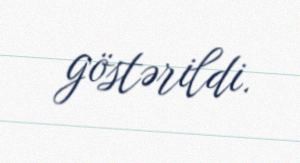
göstərildi.